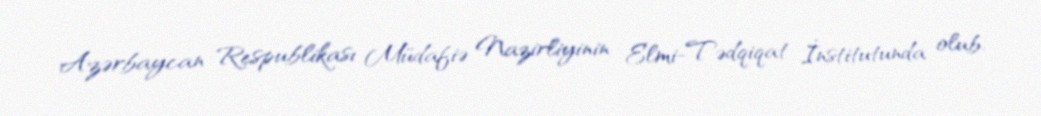
Azərbaycan Respublikası Müdafiə Nazirliyinin Elmi-Tədqiqat İnstitutunda olub.